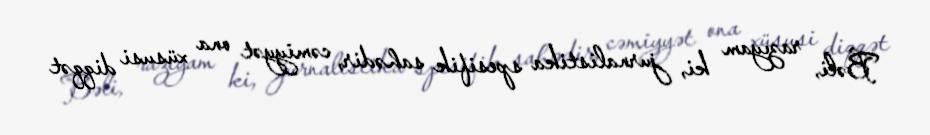
Bəli, razıyam ki, jurnalistika spesifik sahədir, cəmiyyət ona xüsusi diqqət